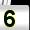
Digit: 5